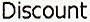
DISCOUNT